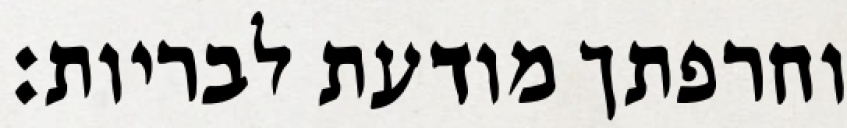
וחרפתך מודעת לבריות: